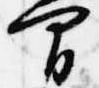
間